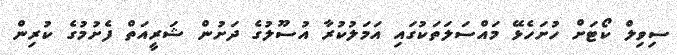
ސިވިލް ކޯޓަށް ހުށަހެޅޭ މައްސަލަތަކުގައި އަމަލުކުރާ އުސޫލުގެ ދަށުން ޝަރީއަތް ފެށުމުގެ ކުރިން